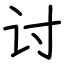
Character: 讨